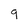
Character: 9